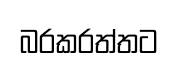
බරකරත්තට